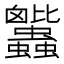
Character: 𧖕